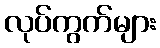
လုပ်ကွက်များ